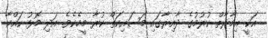
އަކީ އިމާރާތް ކުރުމުގެ ދާއިރާގައި މަސައިކަތް ކުރާ މީހެކެވެ. އަދި މޮޅު ކައްކާ